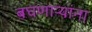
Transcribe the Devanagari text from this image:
बघणाऱ्यांना